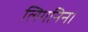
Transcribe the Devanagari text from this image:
लिगनिन।